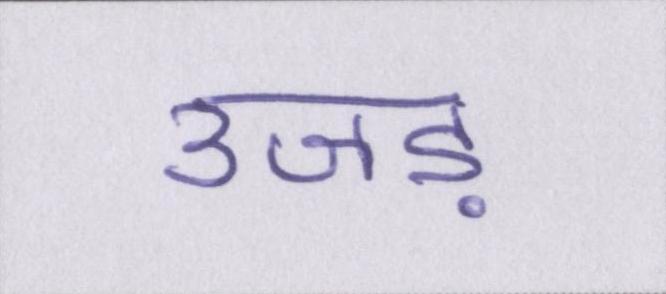
उजड़